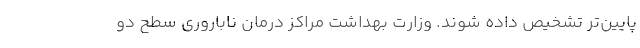
پایین‌تر تشخیص داده شوند. وزارت بهداشت مراکز درمان ناباروری سطح دو